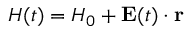
{ H } ( t ) = H _ { 0 } + \mathbf { E } ( t ) \cdot \mathbf { r }